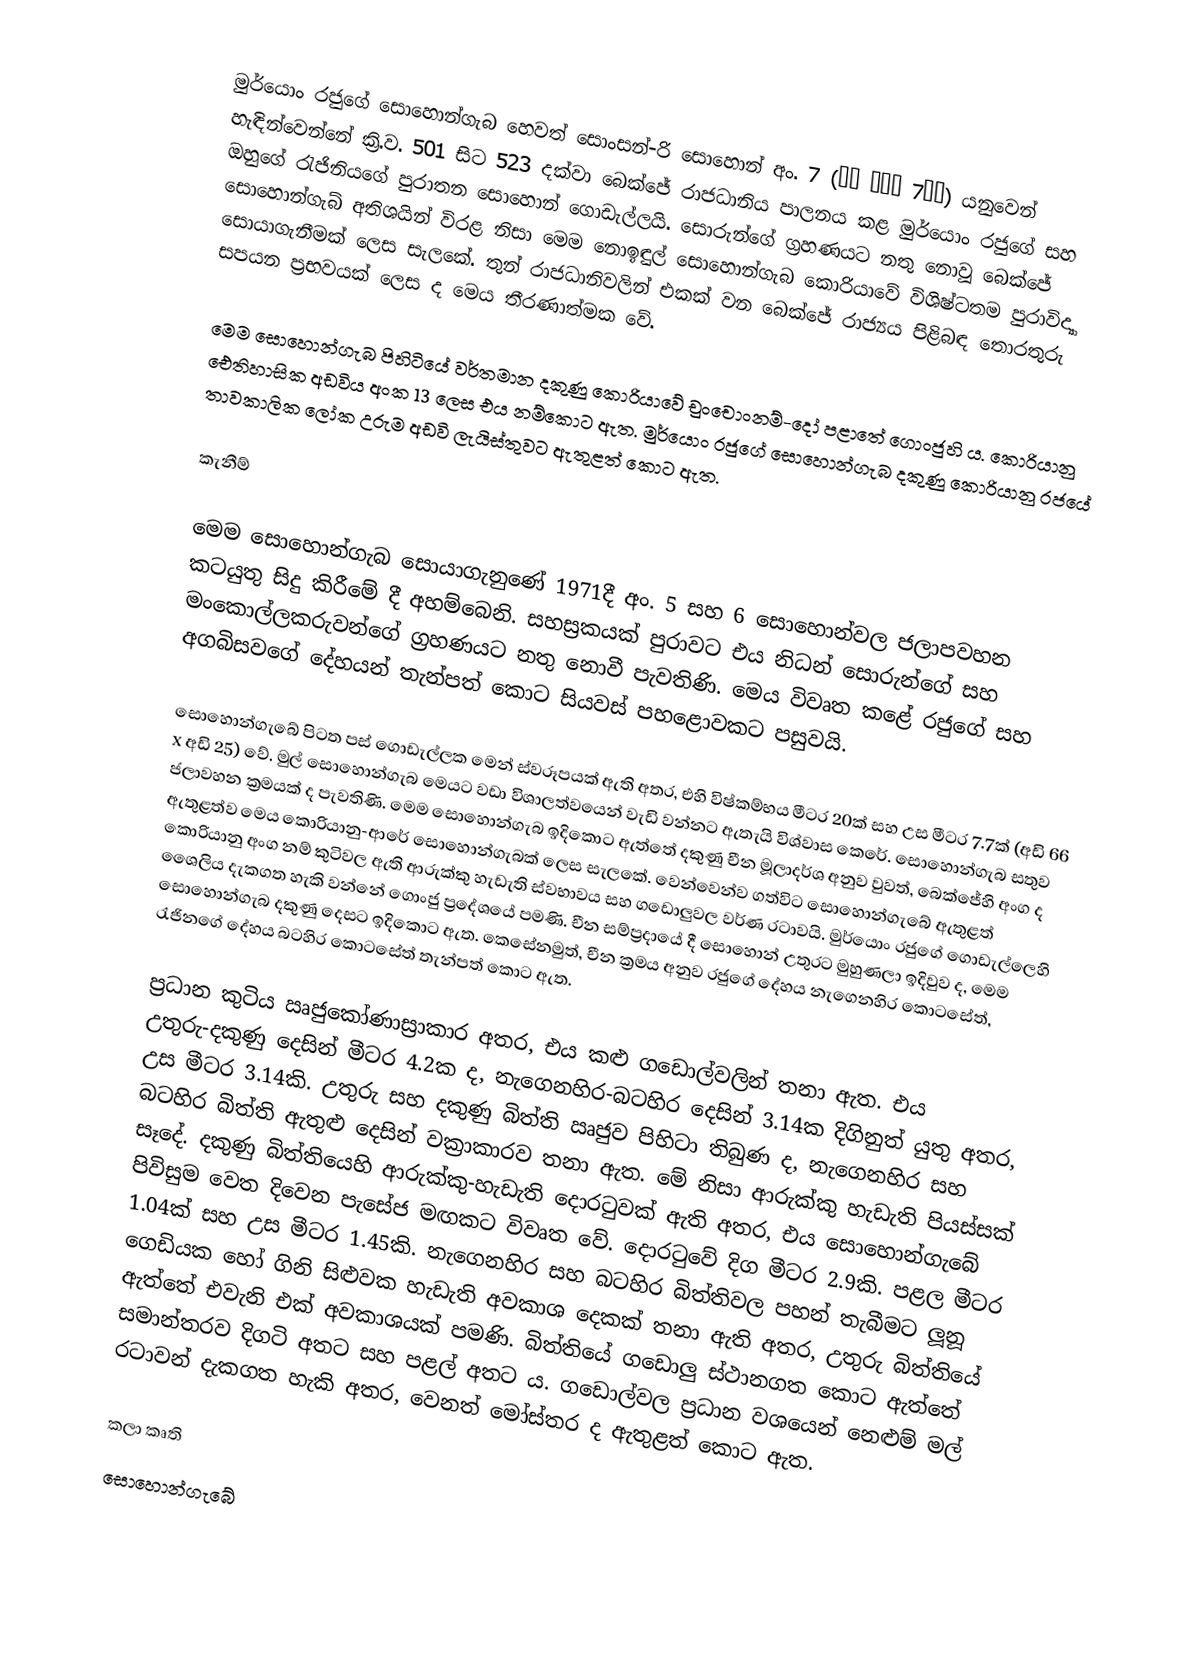
මුර්යොං රජුගේ සොහොන්ගැබ හෙවත් සොංසන්-රි සොහොන් අං. 7 (공주 송산리 7호분) යනුවෙන් හැඳින්වෙන්නේ ක්‍රි.ව. 501 සිට 523 දක්වා බෙක්ජේ රාජධානිය පාලනය කළ මුර්යොං රජුගේ සහ ඔහුගේ රැජිනියගේ පුරාතන සොහොන් ගොඩැල්ලයි. සොරුන්ගේ ග්‍රහණයට නතු නොවූ බෙක්ජේ සොහොන්ගැබ් අතිශයින් විරළ නිසා මෙම නොඉඳුල් සොහොන්ගැබ කොරියාවේ විශිෂ්ටතම පුරාවිද්‍යා සොයාගැනීමක් ලෙස සැලකේ. තුන් රාජධානිවලින් එකක් වන බෙක්ජේ රාජ්‍යය පිළිබඳ තොරතුරු සපයන ප්‍රභවයක් ලෙස ද මෙය තීරණාත්මක වේ.

මෙම සොහොන්ගැබ පිහිටියේ වර්තමාන දකුණු කොරියාවේ චුංචොංනම්-දෝ පළාතේ ගොංජුහි ය. කොරියානු ඓතිහාසික අඩවිය අංක 13 ලෙස එය නම්කොට ඇත. මුර්යොං රජුගේ සොහොන්ගැබ දකුණු කොරියානු රජයේ තාවකාලික ලෝක උරුම අඩවි ලැයිස්තුවට ඇතුළත් කොට ඇත.

කැනීම්

මෙම සොහොන්ගැබ සොයාගැනුණේ 1971දී අං. 5 සහ 6 සොහොන්වල ජලාපවහන කටයුතු සිදු කිරීමේ දී අහම්බෙනි. සහස්‍රකයක් පුරාවට එය නිධන් සොරුන්ගේ සහ මංකොල්ලකරුවන්ගේ ග්‍රහණයට නතු නොවී පැවතිණි. මෙය විවෘත කළේ රජුගේ සහ අගබිසවගේ දේහයන් තැන්පත් කොට සියවස් පහළොවකට පසුවයි.

සොහොන්ගැබේ පිටත පස් ගොඩැල්ලක මෙන් ස්වරූපයක් ඇති අතර, එහි විෂ්කම්භය මීටර 20ක් සහ උස මීටර 7.7ක් (අඩි 66 x අඩි 25) වේ. මුල් සොහොන්ගැබ මෙයට වඩා විශාලත්වයෙන් වැඩි වන්නට ඇතැයි විශ්වාස කෙරේ. සොහොන්ගැබ සතුව ජලාවහන ක්‍රමයක් ද පැවතිණි. මෙම සොහොන්ගැබ ඉදිකොට ඇත්තේ දකුණු චීන මූලාදර්ශ අනුව වුවත්, බෙක්ජේහි අංග ද ඇතුළත්ව මෙය කොරියානු-ආරේ සොහොන්ගැබක් ලෙස සැලකේ. වෙන්වෙන්ව ගත්විට සොහොන්ගැබේ ඇතුළත් කොරියානු අංග නම් කුටිවල ඇති ආරුක්කු හැඩැති ස්වභාවය සහ ගඩොලුවල වර්ණ රටාවයි. මුර්යොං රජුගේ ගොඩැල්ලෙහි ශෛලිය දැකගත හැකි වන්නේ ගොංජු ප්‍රදේශයේ පමණි. චීන සම්ප්‍රදායේ දී සොහොන් උතුරට මුහුණලා ඉදිවුව ද, මෙම සොහොන්ගැබ දකුණු දෙසට ඉදිකොට ඇත. කෙසේනමුත්, චීන ක්‍රමය අනුව රජුගේ දේහය නැගෙනහිර කොටසේත්, රැජිනගේ දේහය බටහිර කොටසේත් තැන්පත් කොට ඇත.

ප්‍රධාන කුටිය ඍජුකෝණාස්‍රාකාර අතර, එය කළු ‍ගඩොල්වලින් තනා ඇත. එය උතුරු-දකුණු දෙසින් මීටර 4.2ක ද, නැගෙනහිර-බටහිර දෙසින් 3.14ක දිගිනුත් යුතු අතර, උස මීටර 3.14කි. උතුරු සහ දකුණු බිත්ති ඍජුව පිහිටා තිබුණ ද, නැගෙනහිර සහ බටහිර බිත්ති ඇතුළු දෙසින් වක්‍රාකාරව තනා ඇත. මේ නිසා ආරුක්කු හැඩැති පියස්සක් සෑදේ. දකුණු බිත්තියෙහි ආරුක්කු-හැඩැති දොරටුවක් ඇති අතර, එය සොහොන්ගැබේ පිවිසුම වෙත දිවෙන පැසේජ මඟකට විවෘත වේ. දොරටුවේ දිග මීටර 2.9කි. පළල මීටර 1.04ක් සහ උස මීටර 1.45කි. නැගෙනහිර සහ බටහිර බිත්තිවල පහන් තැබීමට ලූනූ ගෙඩියක හෝ ගිනි සිළුවක හැඩැති අවකාශ දෙකක් තනා ඇති අතර, උතුරු බිත්තියේ ඇත්තේ එවැනි එක් අවකාශයක් පමණි. බිත්තියේ ගඩොලු ස්ථානගත කොට ඇත්තේ සමාන්තරව දිගටි අතට සහ පළල් අතට ය. ගඩොල්වල ප්‍රධාන වශයෙන් නෙළුම් මල් රටාවන් දැකගත හැකි අතර, වෙනත් මෝස්තර ද ඇතුළත් කොට ඇත.

කලා කෘති
සොහොන්ගැබේ